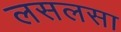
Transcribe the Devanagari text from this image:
लसलसा